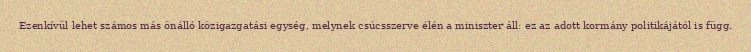
Ezenkívül lehet számos más önálló közigazgatási egység, melynek csúcsszerve élén a miniszter áll: ez az adott kormány politikájától is függ.